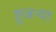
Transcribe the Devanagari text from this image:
हुजऱ्या